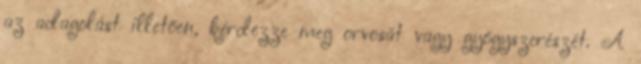
az adagolást illetően, kérdezze meg orvosát vagy gyógyszerészét. A